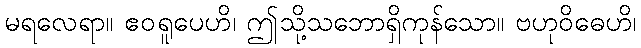
မရလေရာ။ ဧဝရူပေဟိ၊ ဤသို့သဘောရှိကုန်သော။ ဗဟုဝိဓေဟိ၊